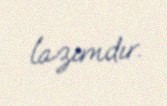
lazımdır.